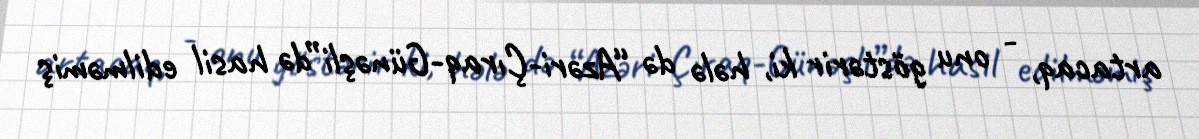
artacaq, - onu göstərir ki, hələ də “Azəri-Çıraq-Günəşli”də hasil edilməmiş